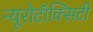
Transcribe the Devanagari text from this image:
न्यूरोटॉक्सिटी